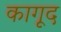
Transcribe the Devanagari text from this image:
कागूद